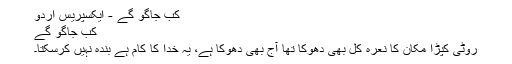
کب جاگو گے - ایکسپریس اردو
کب جاگو گے
روٹی کپڑا مکان کا نعرہ کل بھی دھوکا تھا آج بھی دھوکا ہے، یہ خدا کا کام ہے بندہ نہیں کرسکتا۔